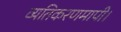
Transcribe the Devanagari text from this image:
व्यतिकरणमापी।